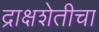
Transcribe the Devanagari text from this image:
द्राक्षशेतीचा